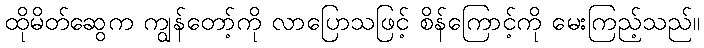
ထိုမိတ်ဆွေက ကျွန်တော့်ကို လာပြောသဖြင့် စိန်ကြောင့်ကို မေးကြည့်သည်။